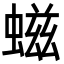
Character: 螆